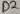
Text: D2